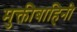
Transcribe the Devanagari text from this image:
मुक्तीबाहिनी